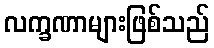
လက္ခဏာများဖြစ်သည်